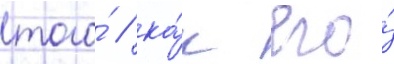
того́ / ка́к его́